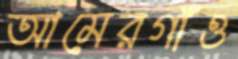
আমেরগাঁও